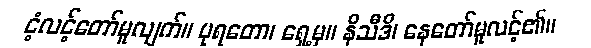
ငံ့လင့်တော်မူလျက်။ ပုရတော၊ ရှေ့မှ။ နိသီဒိ၊ နေတော်မူလင့်၏။